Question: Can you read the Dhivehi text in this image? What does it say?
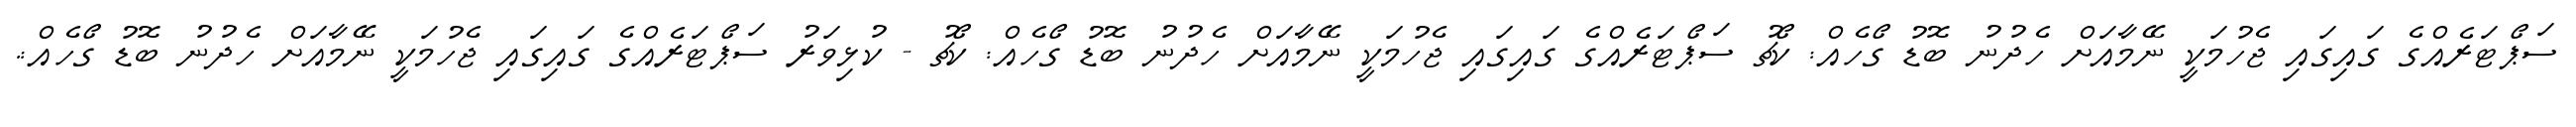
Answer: ސަޕޯޓަރެއްގެ ގައިގައި ޖެހުމަކީ ނޭމާއަށް ހެދުނު ބޮޑު ގޯހެއް: ކޯޗު ސަޕޯޓަރެއްގެ ގައިގައި ޖެހުމަކީ ނޭމާއަށް ހެދުނު ބޮޑު ގޯހެއް: ކޯޗު - ކުޅިވަރު ސަޕޯޓަރެއްގެ ގައިގައި ޖެހުމަކީ ނޭމާއަށް ހެދުނު ބޮޑު ގޯހެއް:.